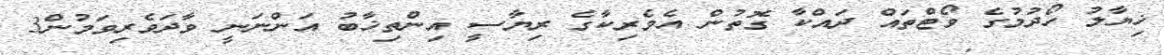
ޚިޔާލު ހޯދުމުގެ ވޯޓްތައް ދައްކާ ގޮތުން އެމެރިކާގެ ރިޔާސީ އިންތިޚާބު އަންނަނީ ވާދަވެރިވަމުން3